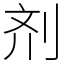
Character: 剂